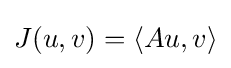
J(u,v)=\langle Au,v\rangle